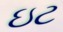
ઇટ